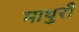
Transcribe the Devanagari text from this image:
माथुरी